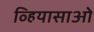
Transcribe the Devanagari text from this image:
व्हियासाओ